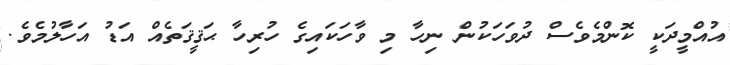
އުއްމީދަކީ ކޮންމެވެސް ދުވަހަކުން ނިހާ މި ވާހަކައިގެ ހުރިހާ ޙަޤީޤަތެއް އަޑު އަހާލުމެވެ.